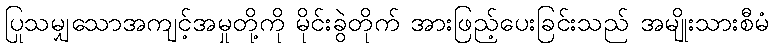
ပြုသမျှသောအကျင့်အမှုတို့ကို မိုင်းခွဲတိုက် အားဖြည့်ပေးခြင်းသည် အမျိုးသားစီမံ